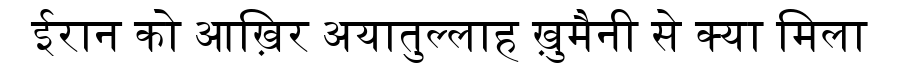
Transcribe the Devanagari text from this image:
ईरान को आख़िर अयातुल्लाह ख़ुमैनी से क्या मिला